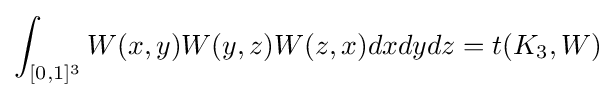
\int _{[0,1]^{3}}W(x,y)W(y,z)W(z,x)dxdydz=t(K_{3},W)